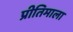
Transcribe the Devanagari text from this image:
प्रीतिमाला